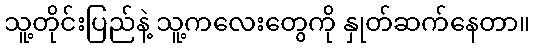
သူ့တိုင်းပြည်နဲ့ သူ့ကလေးတွေကို နှုတ်ဆက်နေတာ။